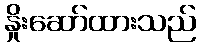
နှိုးဆော်ထားသည်